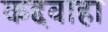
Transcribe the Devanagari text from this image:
कद्दवाहा